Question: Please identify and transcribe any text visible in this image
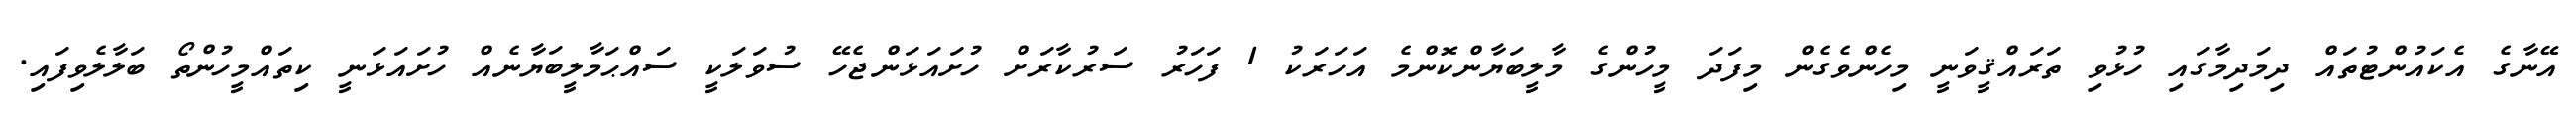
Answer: އޭނާގެ އެކައުންޓުތައް ދިމަދިމާގައި ހުޅުވި ތަރައްޤީވަނީ މިހެންވެގެން މިފަދަ މީހުންގެ މާލީބަޔާންކޮންމެ އަހަރަކު 1 ފަހަރު ސަރުކާރަށް ހުށައަޅަންޖެހޭ ސުވަލަކީ ސައްޙަމާލީބަޔާނެއް ހުށައަޅަނީ ކިތައްމީހުންތޯ ބަލާލެވިފައި.